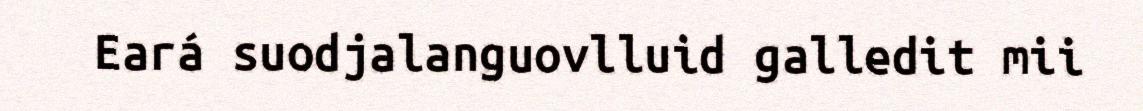
Eará suodjalanguovlluid galledit mii